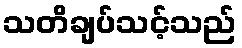
သတိချပ်သင့်သည်